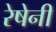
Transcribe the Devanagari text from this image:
रेषेनी